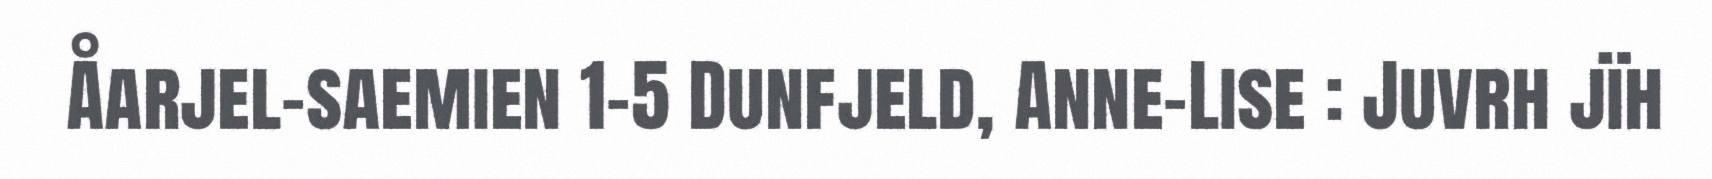
Åarjel-saemien 1-5 Dunfjeld, Anne-Lise : Juvrh jïh